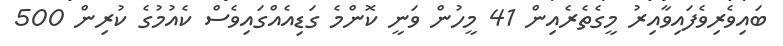
ބައިވެރިވެފައިވާއިރު މީގެތެރެއިން 41 މީހުން ވަނީ ކޮންމެ ގަޑިއެއްގައިވެސް ކެއުމުގެ ކުރިން 500